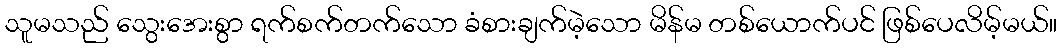
သူမသည် သွေးအေးစွာ ရက်စက်တက်သော ခံစားချက်မဲ့သော မိန်မ တစ်ယောက်ပင် ဖြစ်ပေလိမ့်မယ်။